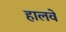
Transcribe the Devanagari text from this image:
हालवे